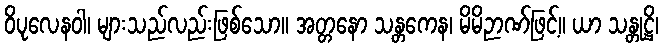
ဝိပုလေနဝါ၊ များသည်လည်းဖြစ်သော။ အတ္တနော သန္တကေန၊ မိမိဉာဏ်ဖြင့်။ ယာ သန္တုဋ္ဌိ၊